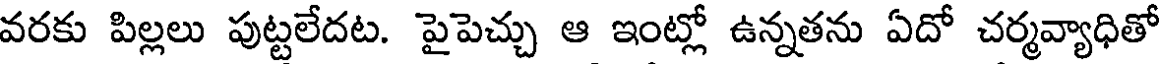
వరకు పిల్లలు పుట్టలేదట. పైపెచ్చు ఆ ఇంట్లో ఉన్నతను ఏదో చర్మవ్యాధితో